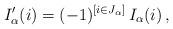
LaTeX: \begin{align*} I'_\alpha (i) = (-1)^{[i \in J_\alpha]} \, I_\alpha (i) \, , \end{align*}